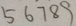
5 6 7 8 9